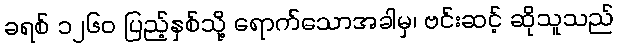
ခရစ် ၁၂၆၀ ပြည့်နှစ်သို့ ရောက်သောအခါမှ၊ ဗင်းဆင့် ဆိုသူသည်